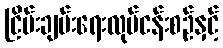
ငြိမ်းချမ်းရေးလုပ်ငန်းစဉ်နှင့်